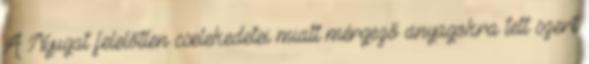
A Nyugat felelőtlen cselekedetei miatt mérgező anyagokra tett szert